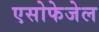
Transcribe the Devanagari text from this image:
एसोफेजेल